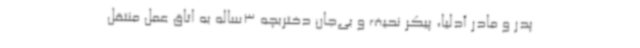
پدر و مادر آدلیا، پیکر نحیف و بی‌جان دختربچه 3ساله به اتاق عمل منتقل